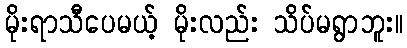
မိုးရာသီပေမယ့် မိုးလည်း သိပ်မရွာဘူး။